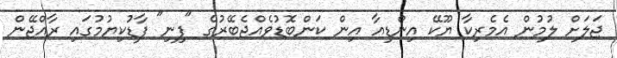
ޖަލަށް ލުމުން އެމެރިކާ ޔޫކޭ އިންޑިއާ އިން ކަންބޮޑުވެއްޖެބޭރުގެ "ފިނި" ފާޑުކިޔުމުގައި ރާއްޖޭން